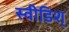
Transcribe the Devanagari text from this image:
स्वीडिश्